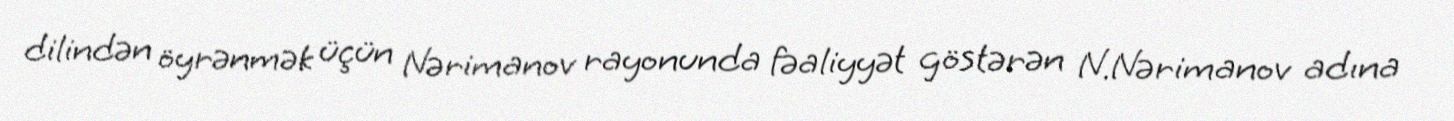
dilindən öyrənmək üçün Nərimanov rayonunda fəaliyyət göstərən N.Nərimanov adına